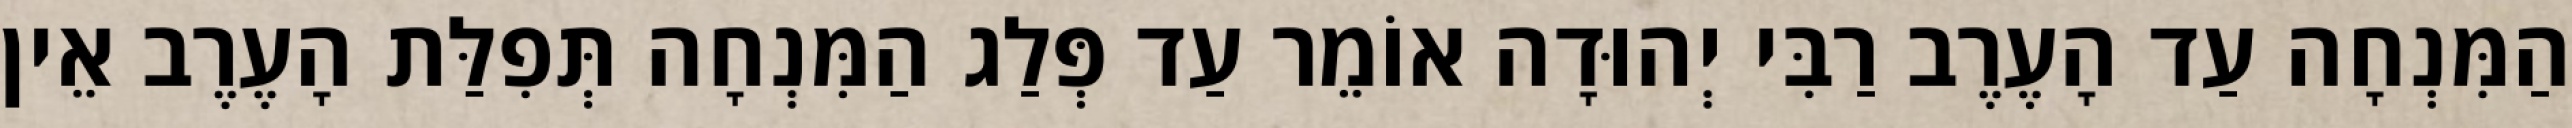
הַמִּנְחָה עַד הָעֶרֶב רַבִּי יְהוּדָה אוֹמֵר עַד פְּלַג הַמִּנְחָה תְּפִלַּת הָעֶרֶב אֵין